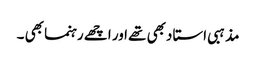
مذہبی استا دبھی تھے اور اچھے رہنما بھی ۔